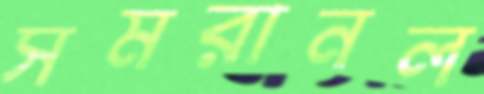
সমরানল